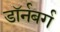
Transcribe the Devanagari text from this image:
डॉर्नबर्ग